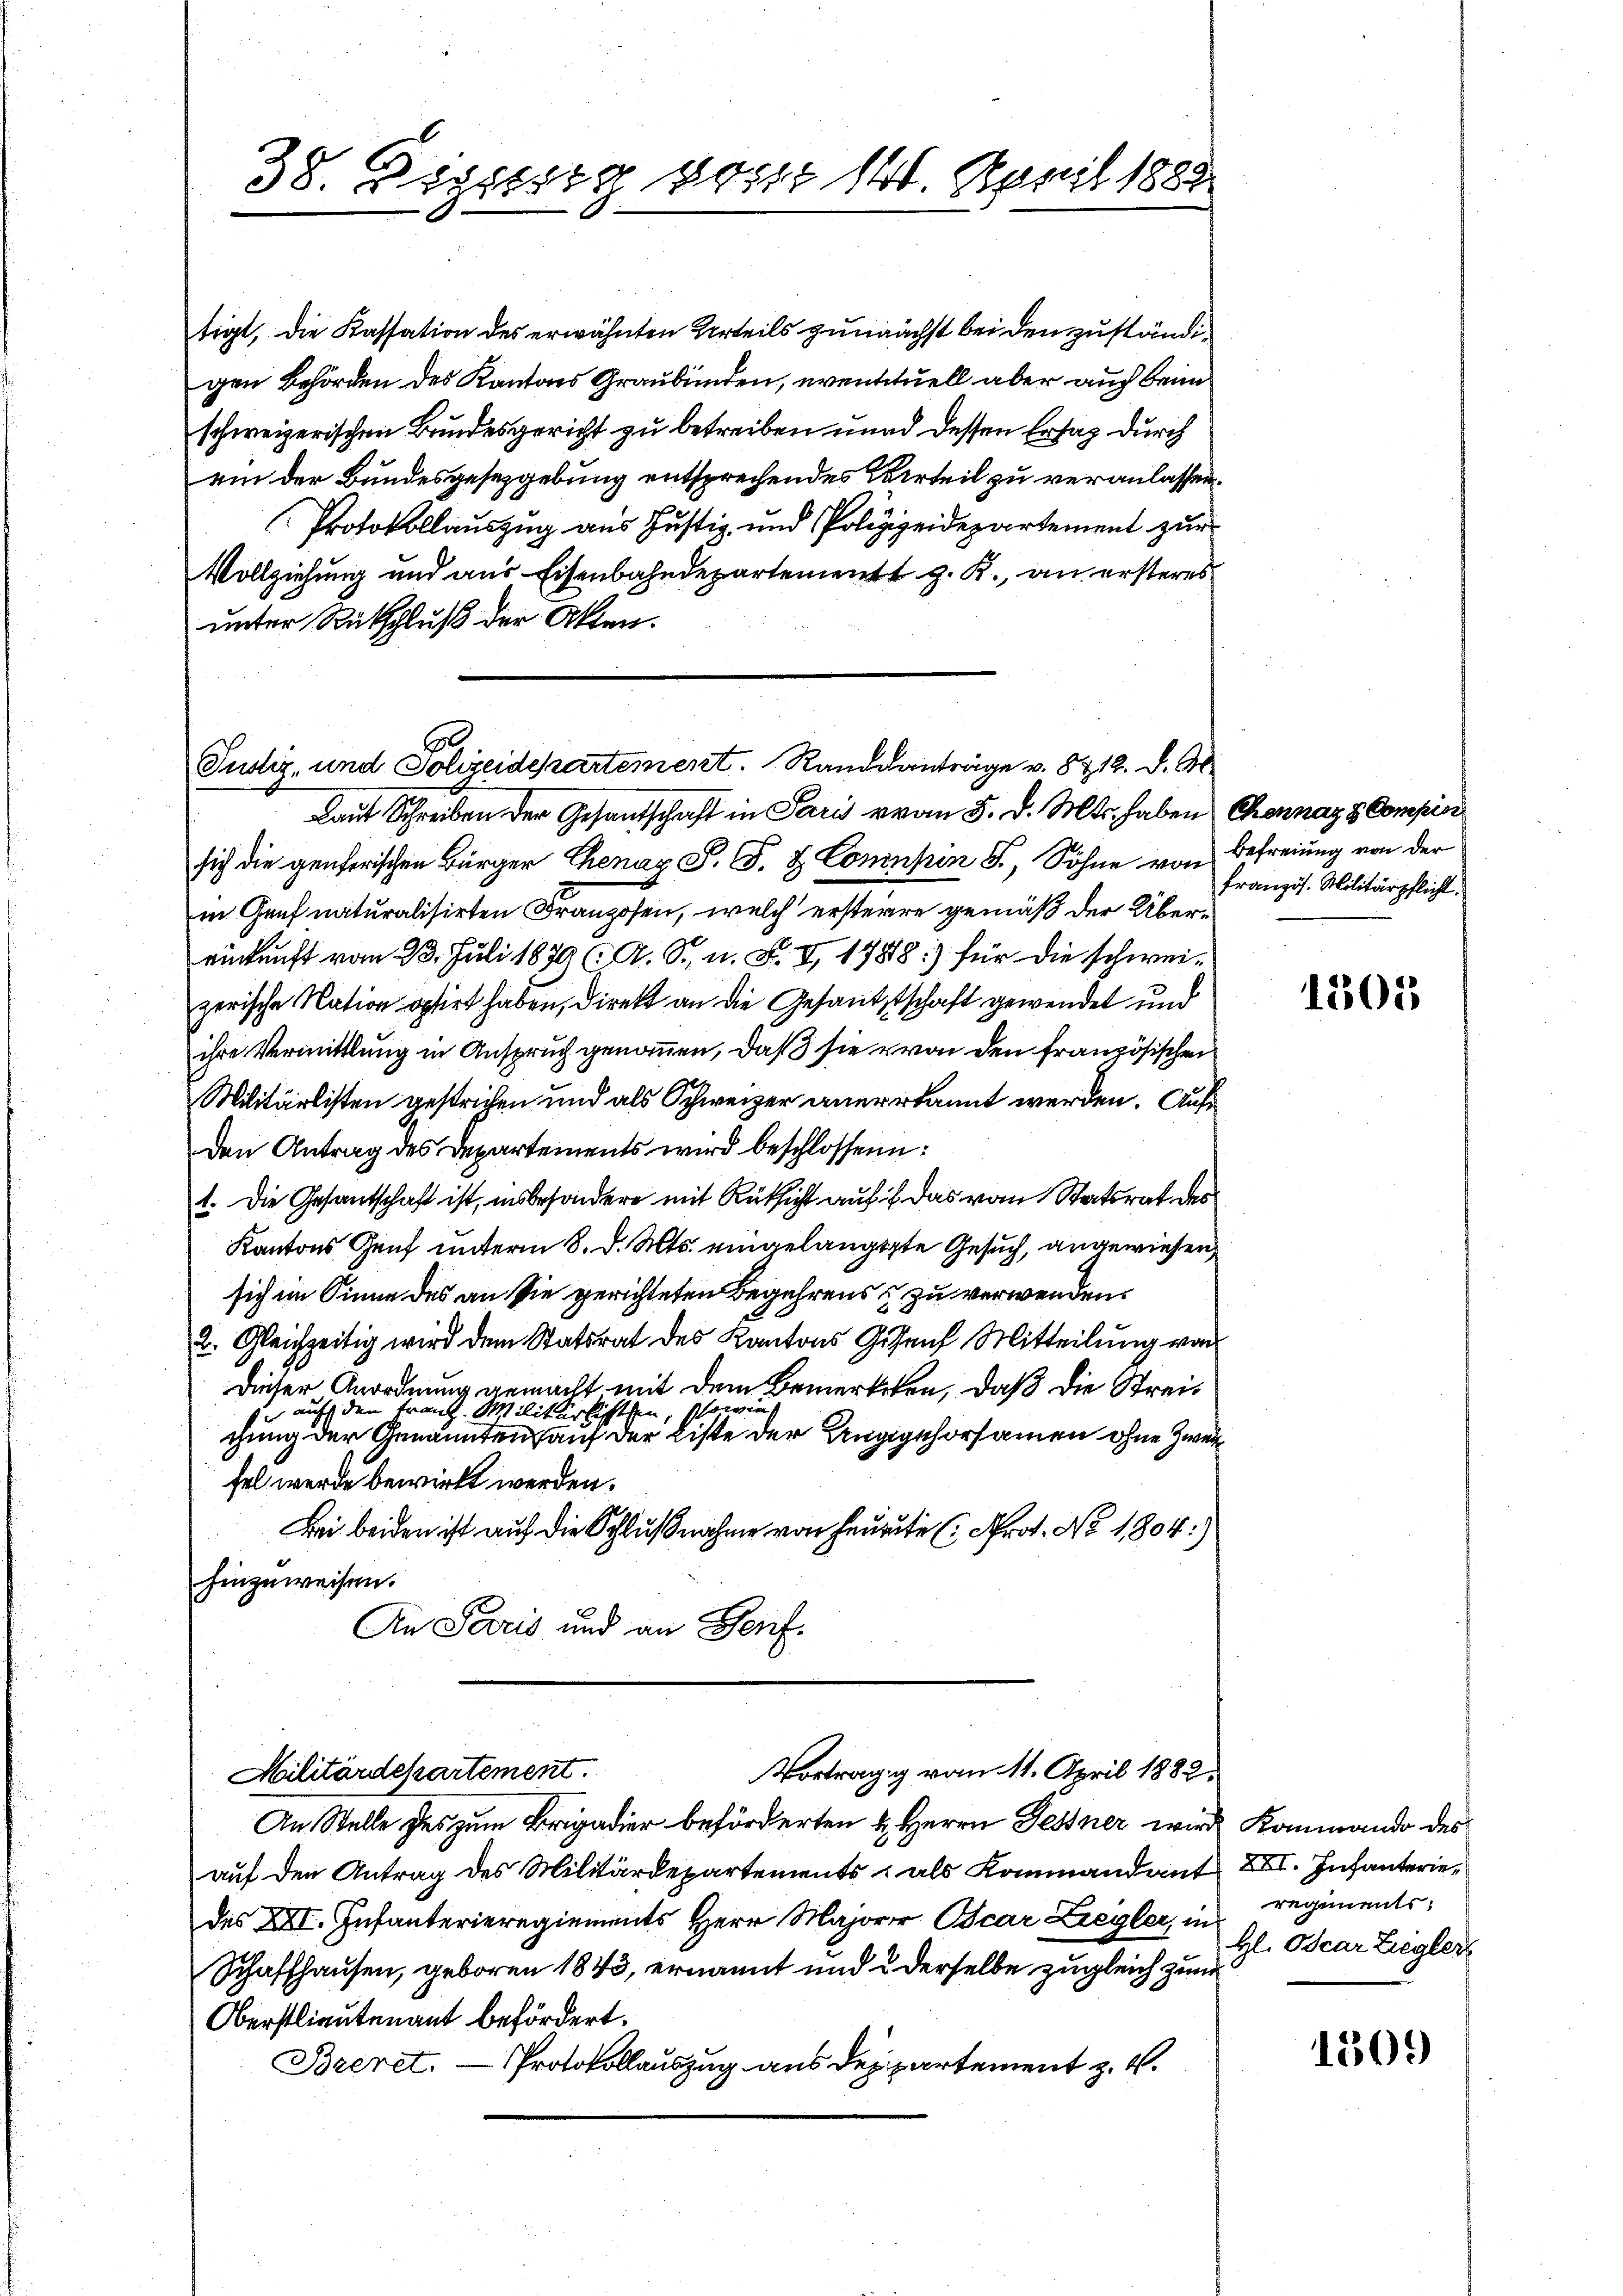
38. Zipperig vor 141. April 1888

tigt, die Kassation des erwähnten Urteils zunächst bei den zuständigen Behörden des Kantons Graubünden, eventuell aber auch beim
schweizerischen Bundesgericht zu betreiben und dessen Ersatz durch
ein der Bundesgesetzgebung entsprechendes Verteil zu veranlassen.
Protokollauszug aus Justiz- und Polizizeidepartement zur
Vollziehung und aus Eisenbahndepartement z. R., an ersteres
unter Rückschluß der Akten.

E
Justiz- und Polizeidepartement. Randeanträge v. 8712. d. M.

Laut Schreiben der Gesandschaft in Paris von 5. d. Mts. haben Chennaz & Compin
sich die generischen Bürger Chenaz S. G. B. Connpin S., Söhne von Befreiung von der
in Genf naturalisirten Franzosen, welch ersterre gemäß der Übereinkunft vom 23. Juli 1879 (: A. S., n. F. I 1788:) für die schwei-
zerische Nation optirt haben, direkt an die Gesandtschaft gewendet und
ihre Vermittlung in Anspruch genommen, daß sie von den französischen
Militärlisten gestrichen und als Schweizer anerkannt werden. Auf
den Antrag des Departements wird beschlossen:
1. Die Gesantschaft ist, insbesondere mit Rücksicht auf das vom Statsrat des
Kantons Genf unterm 8. d. Mts. eingelangte Gesuch, angewiesen,
sich im Sinne des an sie gerichteten Begehrens & zu verwenden.
2. Gleichzeitig wird dem Statsrat des Kantons Gesanf Mitteilung von
dieser Anordnung gemacht mit dem Bemerkten, daß die Kreis
de auf den Franz. Militärlisten, sowie
chung der Genannten auf der Liste der Ungigehorsammen ohne Zwei
fel werde bewirkt werden.
Bei beiden ist auf die Schlußnahme von heute (Prot. No 1804.)
hinzuweisen.
An Paris und an Genf.
Vortrag vom 11. April 1882.
Militärdepartement.
An Stelle des zum Brigadier beförderten & Herrn Festner wird Kommando des
auf den Antrag des Militärdepartements, als Kommandant XVI. Infanteriedes XII. Infanterieregiements Herr Major Oscar Ziegler, in regiments,
Schaffhausen, geboren 1843, ernannt und & derselbe zugleich zum
Oberstlieutenant befördert.
Protokollauszug aus des partement z. B.
Briret.

französ. Militärpflicht.

1301

H. Oscar Ziegler

1509